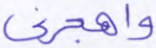
واهجرني